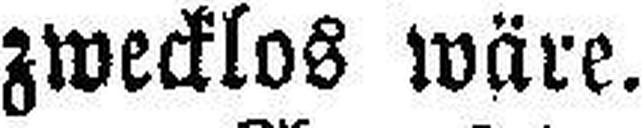
zwecklos wäre.